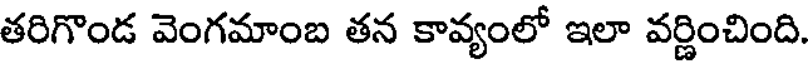
తరిగొండ వెంగమాంబ తన కావ్యంలో ఇలా వర్ణించింది.